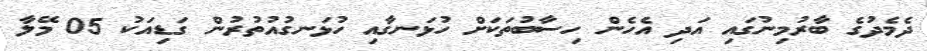
ދެމެދުގެ ބާރުމިނުގައި އަދި އެހެން ހިސާބުތަކަށް ހުޅަނގާއި ހުޅަނގުއުތުރުން ގަޑިއަކު 05 މޭލާ